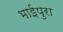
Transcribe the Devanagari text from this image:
भाईपुरा